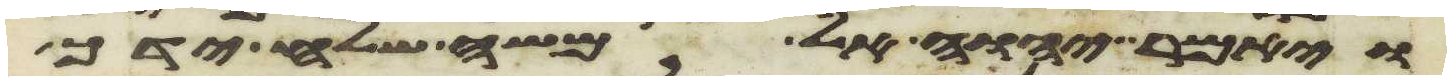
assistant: ויאמר יהוה אל משה שלח ידך